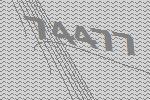
74477